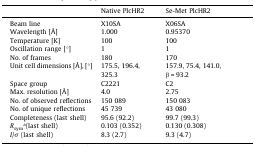
<table><thead><tr><td></td><td><b>Native PlcHR2</b></td><td><b>Se-Met PlcHR2</b></td></tr></thead><tbody><tr><td>Beam line</td><td>X10SA</td><td>X06SA</td></tr><tr><td>Wavelength [Å]</td><td>1.000</td><td>0.95370</td></tr><tr><td>Temperature [K]</td><td>100</td><td>100</td></tr><tr><td>Oscillation range [°]</td><td>1</td><td>1</td></tr><tr><td>No. of frames</td><td>180</td><td>170</td></tr><tr><td>Unit cell dimensions [Å], [°]</td><td>175.5, 196.4, 325.3</td><td>157.9, 75.4, 141.0, β = 93.2</td></tr><tr><td>Space group</td><td>C2221</td><td>C2</td></tr><tr><td>Max. resolution [Å]</td><td>4.0</td><td>2.75</td></tr><tr><td>No. of observed reflections</td><td>150 089</td><td>150 083</td></tr><tr><td>No. of unique reflections</td><td>45 739</td><td>43 080</td></tr><tr><td>Completeness (last shell)</td><td>95.6 (92.2)</td><td>99.7 (99.3)</td></tr><tr><td><i>R</i><sub>sym</sub>a(last shell)</td><td>0.103 (0.352)</td><td>0.130 (0.308)</td></tr><tr><td><i>I</i>/<i>σ</i> (last shell)</td><td>8.3 (2.7)</td><td>9.3 (4.7)</td></tr></tbody></table>